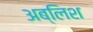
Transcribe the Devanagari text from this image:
अब्लिश